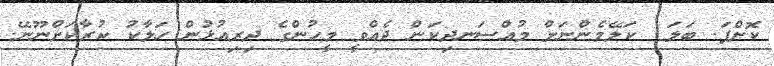
ކޮށްފަ. ބަލަ  ކަލޭމެންނަށް މުއްސަނދިކަން ދެއްވީ މީހުންގެ ދިރިއުޅުން ހަލާކު ކުރާކަށްނޫނޭ.